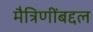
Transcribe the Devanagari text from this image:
मैत्रिणींबद्दल